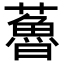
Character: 𧀦